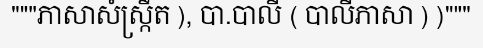
"""ភាសាសំស្ក្រឹត ), បា.បាលី ( បាលីភាសា ) )"""